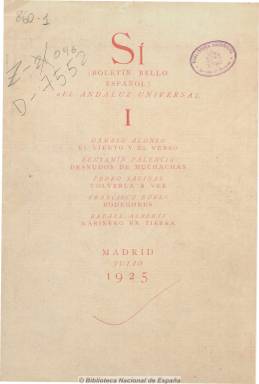
Título: Sí (Madrid. 1925)
Colección: Literatura
Ámbito geográfico: Madrid
Lugar de publicación: Madrid
Fechas: 01/07/1925-31/07/1925

Primera y única entrega, de julio de 1925, de la publicación que Juan Ramón Jiménez (1881-1958) dio a la luz, tras haber llevado a cabo previamente su primera aventura editorial con la edición de Índice (1921-1922) y los ocho cuadernos de Unidad (1925). Había comenzado a gestionar la aparición de este nuevo título coincidiendo con la ruptura del poeta con su propio grupo generacional, y, con el subtítulo: “(boletín bello español) del andaluz universal”, dará acogida a los poemas que Dámaso Alonso (1898-1990) había escrito durante su estancia en Cambridge (Inglaterra), entre 1923 y 1924, bajo el epígrafe El viento y el verso; a una selección de quince canciones de Marinero en tierra, de Rafael Alberti (1902-1999), que por vez primera aparecen impresas; una pieza en prosa lírica de Pedro Salinas (1891-1952), bajo el título Volver a ver; y entre los citados textos, un grupo de ocho dibujos con el epígrafe Desnudos de muchachas, del pintor Benjamín Palencia (1894-1980), y otros ocho de Bodegones, del pintor Francisco Bores (1898-1972).

Esta publicación de J.R.J., de la que el propio Salinas había dicho que sería una “revista pequeña, modesta, pero llena de bríos e intenciones”, forma parte del conjunto que aparecieron entre 1924 y 1929, el periodo que ha venido a denominarse como el “lustro de oro” -en palabras de Gerardo Diego (1896-1987)- de las revistas literarias de la Generación del 27.

Fue dada a la imprenta “con el cuidado tipográfico” de su artífice, en palabras de Francisco Javier Díez de Revenga (2014), siendo su cubierta y contracubierta impresas en tinta roja, y apareciendo sólo la grafía ornamental de la conocida rúbrica de Juan Ramón Jiménez –una línea quebrada y curva ascendente- como único dato identificativo del editor, con el que León Sánchez Cuesta colabora, como en otros proyectos editoriales juanramonianos de esa época. Fue estampada en la Imprenta de Zoila Ascasíbar y formalmente está integrada por cinco pliegos –uno por cada colaboración- de ocho páginas cada uno y foliación independiente. Además de un índice (que repite en el verso de la cubierta), da cuenta de la data del nacimiento de cada uno de los colaboradores, y de su domicilio, residiendo todos en la ciudad de Madrid.

La revista va seriada con el primer número romano, por lo que denota su proyecto de continuidad, y la siguiente entrega iba a ser dedicada completamente a trece poemas de Vicente Aleixandre (1898-1984), según Alejandro Duque Amusco (2011), quien señala también que esta “exquisita revista” juanramoniana, aunque se desconocen las circunstancias por las que  no se publicara más, debieron ser “probablemente de orden económico”.

Juan Ramón Jiménez editó también en Madrid dos años después la revista Ley: entregas de capricho. Francisco Garfias (1921-2010) preparó en 1960, en Ediciones Taurus, la mayor parte de los textos que el poeta escribió durante los años de 1925 a 1935, señalando como prologuista que fueron los diez años de su  “mayor y más emocionada fuerza creadora”, que finaliza con Hojas (1935). La sevillana Editorial Renacimiento publicó un facsímil de Sí en 1982, con motivo del centenario del nacimiento del Juan Ramón. Todos los títulos citados aquí están depositados en la Biblioteca Nacional de España en diferentes formatos, e Índice también forma parte de su Hemeroteca Digital.